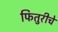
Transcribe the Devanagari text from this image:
फितुरीचे